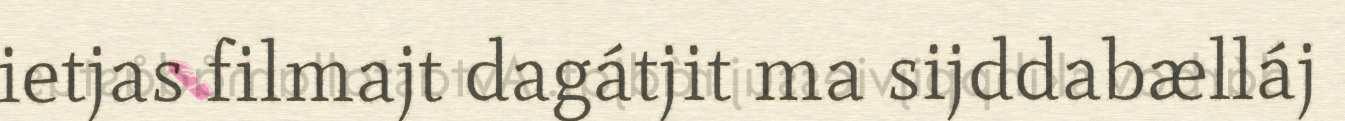
ietjas filmajt dagátjit ma sijddabælláj